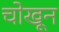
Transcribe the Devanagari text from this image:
चोखून